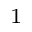
^ { 1 }